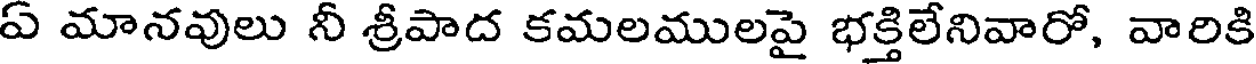
ఏ మానవులు నీ శ్రీపాద కమలములపై భక్తిలేనివారో, వారికి